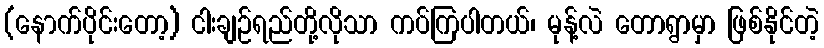
(နောက်ပိုင်းတော့) ငါးချဉ်ရည်တို့လိုသာ ကပ်ကြပါတယ်၊ မုန့်လဲ တောရွာမှာ ဖြစ်နိုင်တဲ့